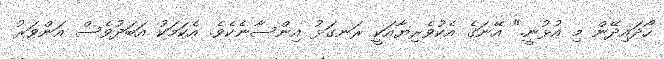
ހޯދައިދޭން މި އުޅުނީ." އޭނަގެ އެކުވެރިޔާއަކީ ރަނގަޅު އިންސާނެކެވެ. އެކަމަކު އަބަދުވެސް އަންވަރު